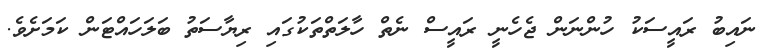
ނައިބު ރައީސަކު ހުންނަން ޖެހެނީ ރައީސް ނެތް ހާލަތްތަކުގައި ރިޔާސަތު ބަލަހައްޓަން ކަމަށެވެ.